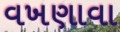
વખણાવા